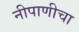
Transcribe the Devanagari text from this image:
नीपाणीचा